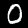
Label: 0